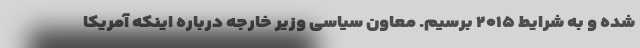
شده و به شرایط ۲۰۱۵ برسیم. معاون سیاسی وزیر خارجه درباره اینکه آمریکا